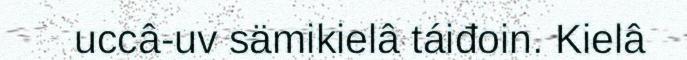
uccâ-uv sämikielâ táiđoin. Kielâ